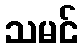
သမင်